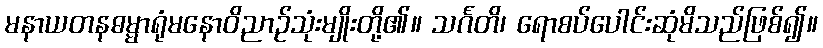
မနာယတနဓမ္မာရုံမနောဝိညာဉ်သုံးမျိုးတို့၏။ သင်္ဂတိ၊ ရောစပ်ပေါင်းဆုံမိသည်ဖြစ်၍။